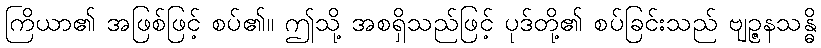
ကြိယာ၏ အဖြစ်ဖြင့် စပ်၏။ ဤသို့ အစရှိသည်ဖြင့် ပုဒ်တို့၏ စပ်ခြင်းသည် ဗျဉ္ဇနသန္ဓိ